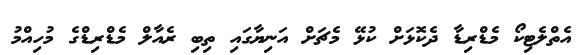
އެތްލެޓިކޯ މެޑްރިޑާ ދެކޮޅަށް ކުޅޭ މެޗަށް އަނިޔާގައި ތިބި ރެއާލް މެޑްރިޑްގެ މުހިއްމު